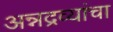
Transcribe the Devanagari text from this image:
अन्नद्रव्यांचा